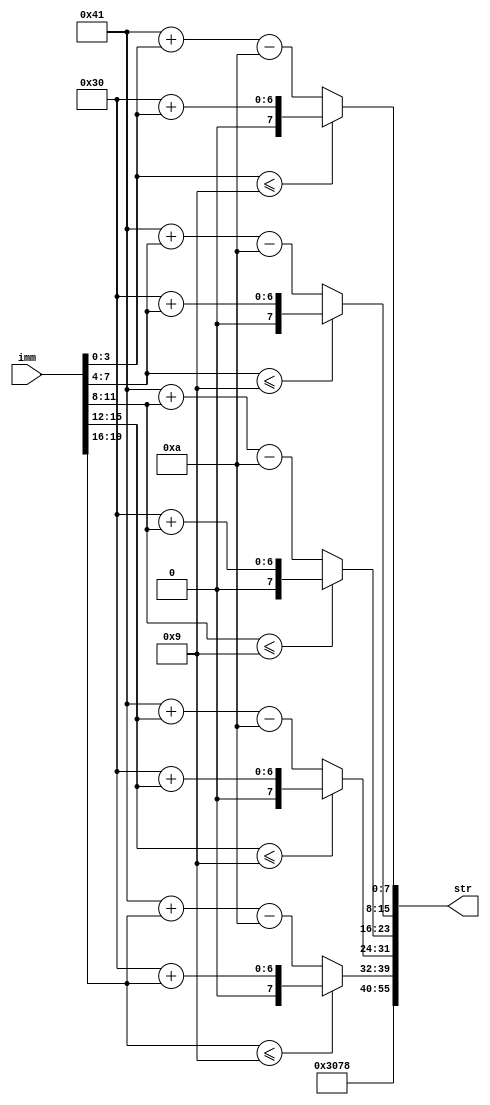
module lui_decoder (
	output [55:0] str,
	input [19:0] imm
);
	wire [3:0] d0 = imm[3:0];
	wire [3:0] d1 = imm[7:4];
	wire [3:0] d2 = imm[11:8];
	wire [3:0] d3 = imm[15:12];
	wire [3:0] d4 = imm[19:16];
	wire [7:0] d0_s = d0 <= 9 ? "0" + d0 : "A" + d0 - 10;
	wire [7:0] d1_s = d1 <= 9 ? "0" + d1 : "A" + d1 - 10;
	wire [7:0] d2_s = d2 <= 9 ? "0" + d2 : "A" + d2 - 10;
	wire [7:0] d3_s = d3 <= 9 ? "0" + d3 : "A" + d3 - 10;
	wire [7:0] d4_s = d4 <= 9 ? "0" + d4 : "A" + d4 - 10;
	assign str = {"0x", d4_s, d3_s, d2_s, d1_s, d0_s}; 
endmodule